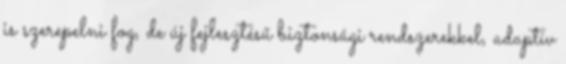
is szerepelni fog, de új fejlesztésű biztonsági rendszerekkel, adaptív